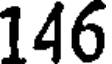
146